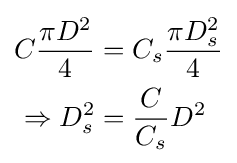
{\begin{aligned}C{\frac {\pi D^{2}}{4}}&=C_{s}{\frac {\pi D_{s}^{2}}{4}}\\\Rightarrow D_{s}^{2}&={\frac {C}{C_{s}}}D^{2}\end{aligned}}